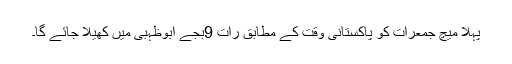
پہلا میچ جمعرات کو پاکستانی وقت کے مطابق رات 9بجے ابوظہبی میں کھیلا جائے گا۔